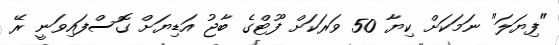
"ފިޔަލަ" ނަމަކަށް ކިޔާ 50 ވަރަކަށް ފޫޓްގެ ބާޖު އަޑިޔަށް ގޮސްފައިވަނީ ރޭ